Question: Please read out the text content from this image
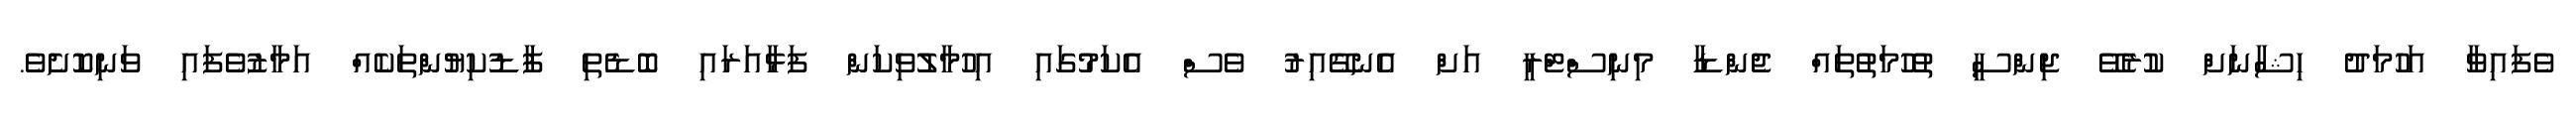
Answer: ވެފައިވާ އަހުމަދު ހިޝާނަށް ކުރެވޭ ޖިންސީ ތުހުމަތުތައް ޖެންޑާ މިނިސްޓްރީ އަށް އެނގޭއިރު ވެސް އެކަމުގައި އިހުމާލުވިކަން ފަޅާއަރައި ބޮޑެތި ފާޑުކިޔުންތަކެއް އަމާޒުވެފައި ވަނިކޮށެވެ.